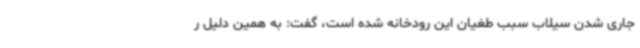
جاری شدن سیلاب سبب طغیان این رودخانه شده است، گفت: به همین دلیل ر